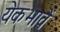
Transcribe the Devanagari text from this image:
येकभावें